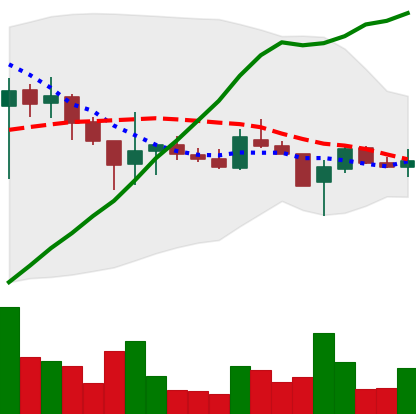
Ticker: LTC-USD
Chart end date: 2017-11-06
Forward return: 12.922%
Label: up_7plus